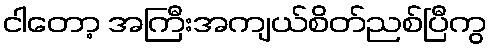
ငါတော့ အကြီးအကျယ်စိတ်ညစ်ပြီကွ